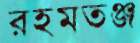
রহমতঞ্জ